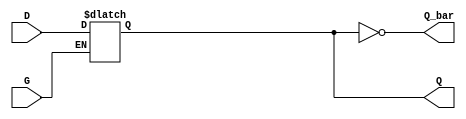
module GatedDLatch (
    input wire D,      // Data input
    input wire G,      // Gate (Enable) input
    output reg Q,      // Output
    output wire Q_bar  // Complementary output
);

// Complementary output
assign Q_bar = ~Q;

// Always block to implement the latch behavior
always @ (G or D) begin
    if (G) begin
        Q <= D;  // When G is high, Q follows D
    end
    // When G is low, Q retains its value (no change)
end

endmodule